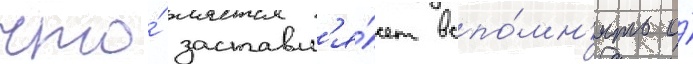
что́ заставл'я́ет вспо́мн'ить о́